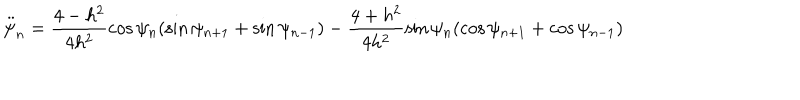
\ddot { \psi } _ { n } = \frac { 4 - h ^ { 2 } } { 4 h ^ { 2 } } \cos \psi _ { n } ( \sin \psi _ { n + 1 } + \sin \psi _ { n - 1 } ) - \frac { 4 + h ^ { 2 } } { 4 h ^ { 2 } } \sin \psi _ { n } ( \cos \psi _ { n + 1 } + \cos \psi _ { n - 1 } )